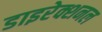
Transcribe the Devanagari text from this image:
डाइरेक्शनल